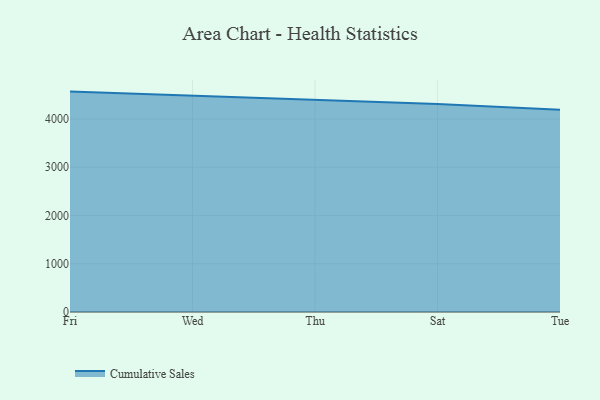
{"axis": {"x": "Day", "y": "Energy Usage (MWh)"}, "legend": ["Cumulative Sales"], "data": [{"x": "Fri", "y": 4568.0, "type": "Cumulative Sales"}, {"x": "Wed", "y": 4482.7, "type": "Cumulative Sales"}, {"x": "Thu", "y": 4397.2, "type": "Cumulative Sales"}, {"x": "Sat", "y": 4312.9, "type": "Cumulative Sales"}, {"x": "Tue", "y": 4193.4, "type": "Cumulative Sales"}]}